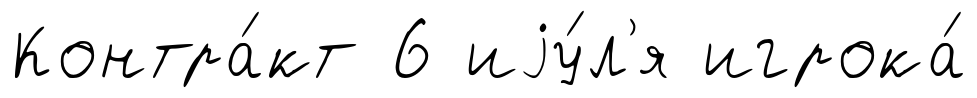
Контра́кт 6 иjу́л'я игрока́